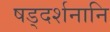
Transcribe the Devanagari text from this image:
षड्दर्शनानि